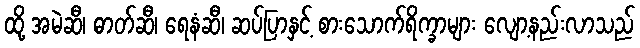
ထို့ အမဲဆီ၊ ဓာတ်ဆီ၊ ရေနံဆီ၊ ဆပ်ပြာနှင့် စားသောက်ရိက္ခာများ လျော့နည်းလာသည်